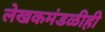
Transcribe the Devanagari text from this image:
लेखकमंडळीही